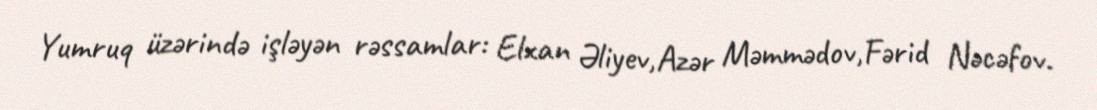
Yumruq üzərində işləyən rəssamlar: Elxan Əliyev,Azər Məmmədov,Fərid Nəcəfov.